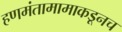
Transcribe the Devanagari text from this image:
हणमंतामामाकडूनच